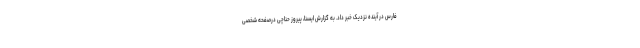
فارس در آینده نزدیک خبر داد. به گزارش ایسنا، پیروز حناچی درصفحه شخصی